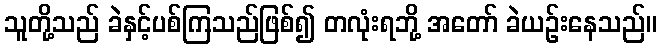
သူတို့သည် ခဲနှင့်ပစ်ကြသည်ဖြစ်၍ တလုံးရဘို့ အတော် ခဲယဉ်းနေသည်။